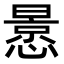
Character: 𭞳